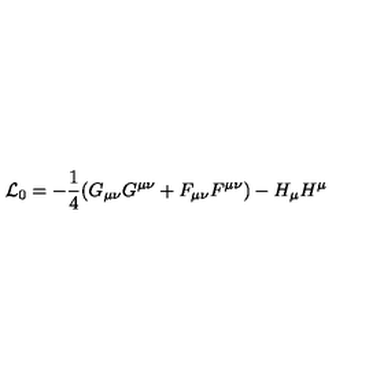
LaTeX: { \cal L } _ { 0 } = - \frac 1 4 ( G _ { \mu \nu } G ^ { \mu \nu } + F _ { \mu \nu } F ^ { \mu \nu } ) - H _ { \mu } H ^ { \mu }